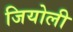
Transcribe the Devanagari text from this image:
जियोली